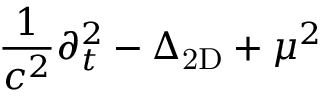
{ \frac { 1 } { c ^ { 2 } } } \partial _ { t } ^ { 2 } - \Delta _ { \mathrm { 2 D } } + \mu ^ { 2 }